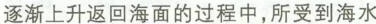
逐渐上升返回海面的过程中，所受到海水